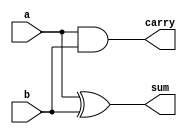
`timescale 1ns / 1ps
//////////////////////////////////////////////////////////////////////////////////
// Company: 
// Engineer: 
// 
// Design Name: 
// Module Name: ha
// Project Name: 
// Target Devices: 
// Tool Versions: 
// Description: 
// 
// Dependencies: 
// 
// Revision:
// Revision 0.01 - File Created
// Additional Comments:
// 
//////////////////////////////////////////////////////////////////////////////////


module ha(
    input a,b,
    output sum,carry
    );
    
    assign sum=a^b;
    assign carry=a&b;
    
endmodule